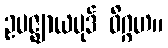
ဥပဇ္ဈာယပုဒ် ဝိဂ္ဂဟ။